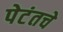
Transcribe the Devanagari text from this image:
पेटंतचे